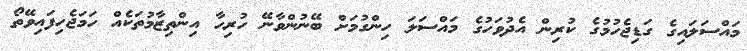
މައްސަލައިގެ ގަޑިޖެހުމުގެ ކުރިން އެދުވަހުގެ މައްސަލަ ހިންގުމަށް ބޭނުންވާނޭ ހުރިހާ އިންތިޒާމުތަކެއް ހަމަޖެހިފައިވޭތޯ